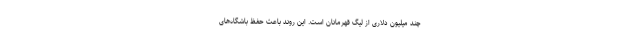
چند میلیون دلاری از لیگ قهرمانان است. این روند باعث حفظ باشگاه‌های